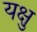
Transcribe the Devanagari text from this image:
यक्षु